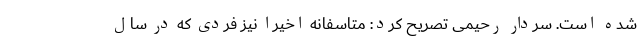
شده است. سردار رحیمی تصریح کرد: متاسفانه اخیرا نیز فردی که در سال